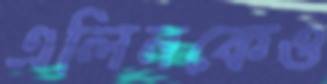
এলিনকেও